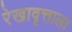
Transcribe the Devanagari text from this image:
रेखावृत्ताला